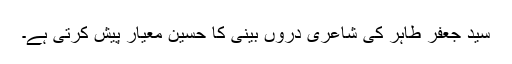
سید جعفر طاہر کی شاعری دروں بینی کا حسین معیار پیش کرتی ہے۔